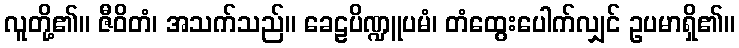
လူတို့၏။ ဇီဝိတံ၊ အသက်သည်။ ခေဠပိဏ္ဍူပမံ၊ တံထွေးပေါက်လျှင် ဥပမာရှိ၏။